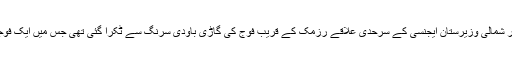
یاد رہے چند روز پہلے جنوبی وزیرستان اور شمالی وزیرستان ایجنسی کے سرحدی علاقے رزمک کے قریب فوج کی گاڑی باودی سرنگ سے ٹکرا گئی تھی جس میں ایک فوجی افسر سمیت تین افراد ہلاک ہو گئے تھے۔